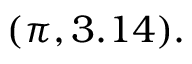
( \pi , 3 . 1 4 ) .